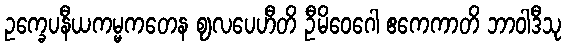
ဥက္ခေပနီယကမ္မကတေန ဈလပေဟီတိ ဦမိဝေဂေါ ဧကေကာတိ ဘာဝါဒီသု